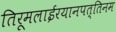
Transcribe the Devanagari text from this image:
तिरूमलाईरयानपत्तिनम